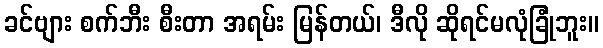
ခင်ဗျား စက်ဘီး စီးတာ အရမ်း မြန်တယ်၊ ဒီလို ဆိုရင်မလုံခြုံဘူး။